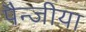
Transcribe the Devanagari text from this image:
पैन्जीया